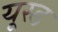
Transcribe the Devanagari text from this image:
यूस्ड